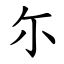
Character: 尓